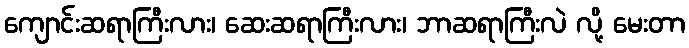
ကျောင်းဆရာကြီးလား၊ ဆေးဆရာကြီးလား၊ ဘာဆရာကြီးလဲ လို့ မေးတာ